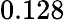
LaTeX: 0.128